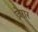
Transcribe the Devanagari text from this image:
ज़ेरार